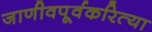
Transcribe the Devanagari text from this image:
जाणीवपूर्वकरित्या